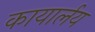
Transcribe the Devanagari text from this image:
कायार्लय